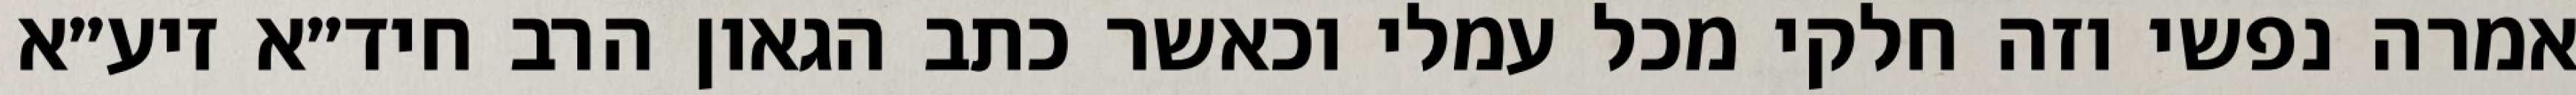
אמרה נפשי וזה חלקי מכל עמלי וכאשר כתב הגאון הרב חיד״א זיע״א